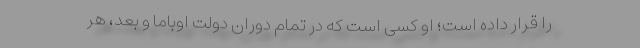
را قرار داده است؛ او کسی است که در تمام دوران دولت اوباما و بعد، هر